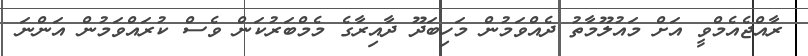
ރާއްޖެއެމްވީ އަށް މައުލޫމާތު ދެއްވަމުން މަހިބަދޫ ދާއިރާގެ މެމްބަރުކަން ވެސް ކުރައްވަމުން އަންނަ